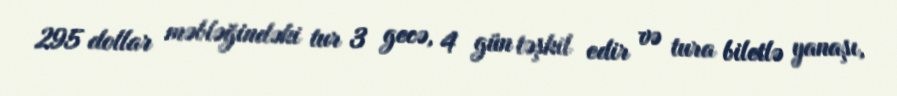
295 dollar məbləğindəki tur 3 gecə, 4 gün təşkil edir və tura biletlə yanaşı,